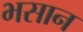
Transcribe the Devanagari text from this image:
भसान